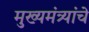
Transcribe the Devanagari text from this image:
मुख्यमंत्र्यांचे